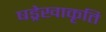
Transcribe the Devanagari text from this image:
षड्रेखाकृति